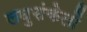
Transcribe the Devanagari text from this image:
लघुसंकेतों